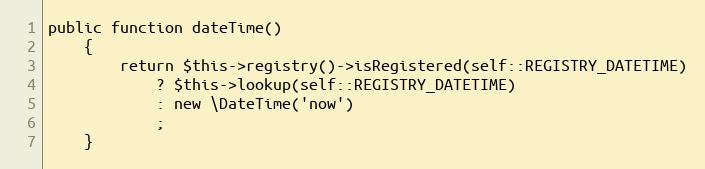
Language: PHP
public function dateTime()
	{
		return $this->registry()->isRegistered(self::REGISTRY_DATETIME)
			? $this->lookup(self::REGISTRY_DATETIME)
			: new \DateTime('now')
			;
	}